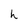
Character: h